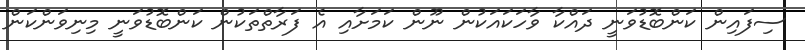
ސިފައިން ކަންބޮޑުވަނީ ދައްކާ ވާހަކައަކުން ނޫން ކަމަށާއި އެ ފަރާތްތަކުން ކަންބޮޑުވަނީ މިނިވަންކަން